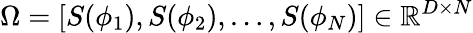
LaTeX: \Omega=[S(\phi_{1}),S(\phi_{2}),\ldots,S(\phi_{N})]\in\mathbb{R}^{D\times N}